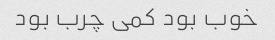
خوب بود کمی چرب بود